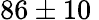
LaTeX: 86\pm 10\